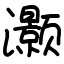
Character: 灏